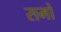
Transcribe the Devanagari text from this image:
समो